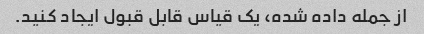
از جمله داده شده، یک قیاس قابل قبول ایجاد کنید.